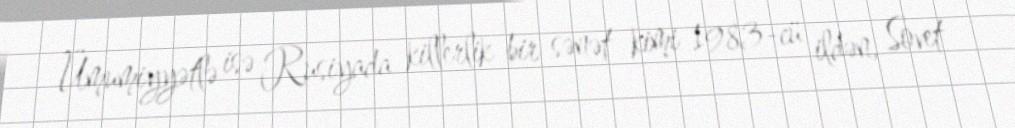
Ümumiyyətlə isə Rusiyada killerlik bir sənət kimi 1983-cü ildən, Sovet